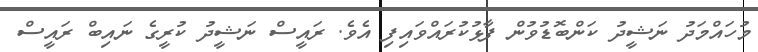
މުހައްމަދު ނަޝީދު ކަންބޮޑުވުން ފާޅުކުރައްވައިފި އެވެ. ރައީސް ނަޝީދު ކުރީގެ ނައިބް ރައީސް